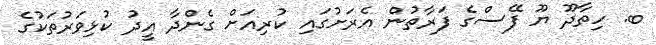
ބ. ހިތާދޫ ޔޫ ފޭސްގެ ފަރާތުން އެރަށުގައި ކުރިއަށް ގެންދާ އީދު ކުޅިވަރުތަކުގެ